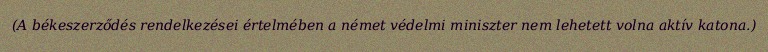
(A békeszerződés rendelkezései értelmében a német védelmi miniszter nem lehetett volna aktív katona.)